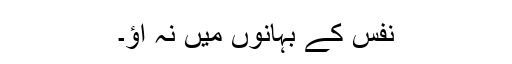
نفس کے بہانوں میں نہ آؤ۔